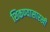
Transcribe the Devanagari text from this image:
शिकण्यासारखी